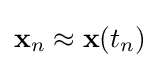
\mathbf {x} _{n}\approx \mathbf {x} (t_{n})